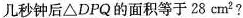
几秒钟后\triangle DPQ的面积等于28cm^{2}?